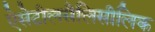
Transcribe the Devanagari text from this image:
ऐसेटीलसैलिसीलिक